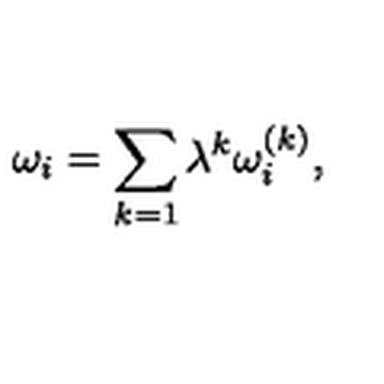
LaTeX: \omega _ { i } = \sum _ { k = 1 } \lambda ^ { k } \omega _ { i } ^ { ( k ) } ,